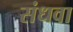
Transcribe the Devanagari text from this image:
संधवा